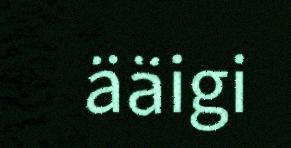
ääigi